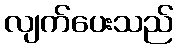
လျက်ပေးသည်